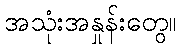
အသုံးအနှုန်းတွေ။